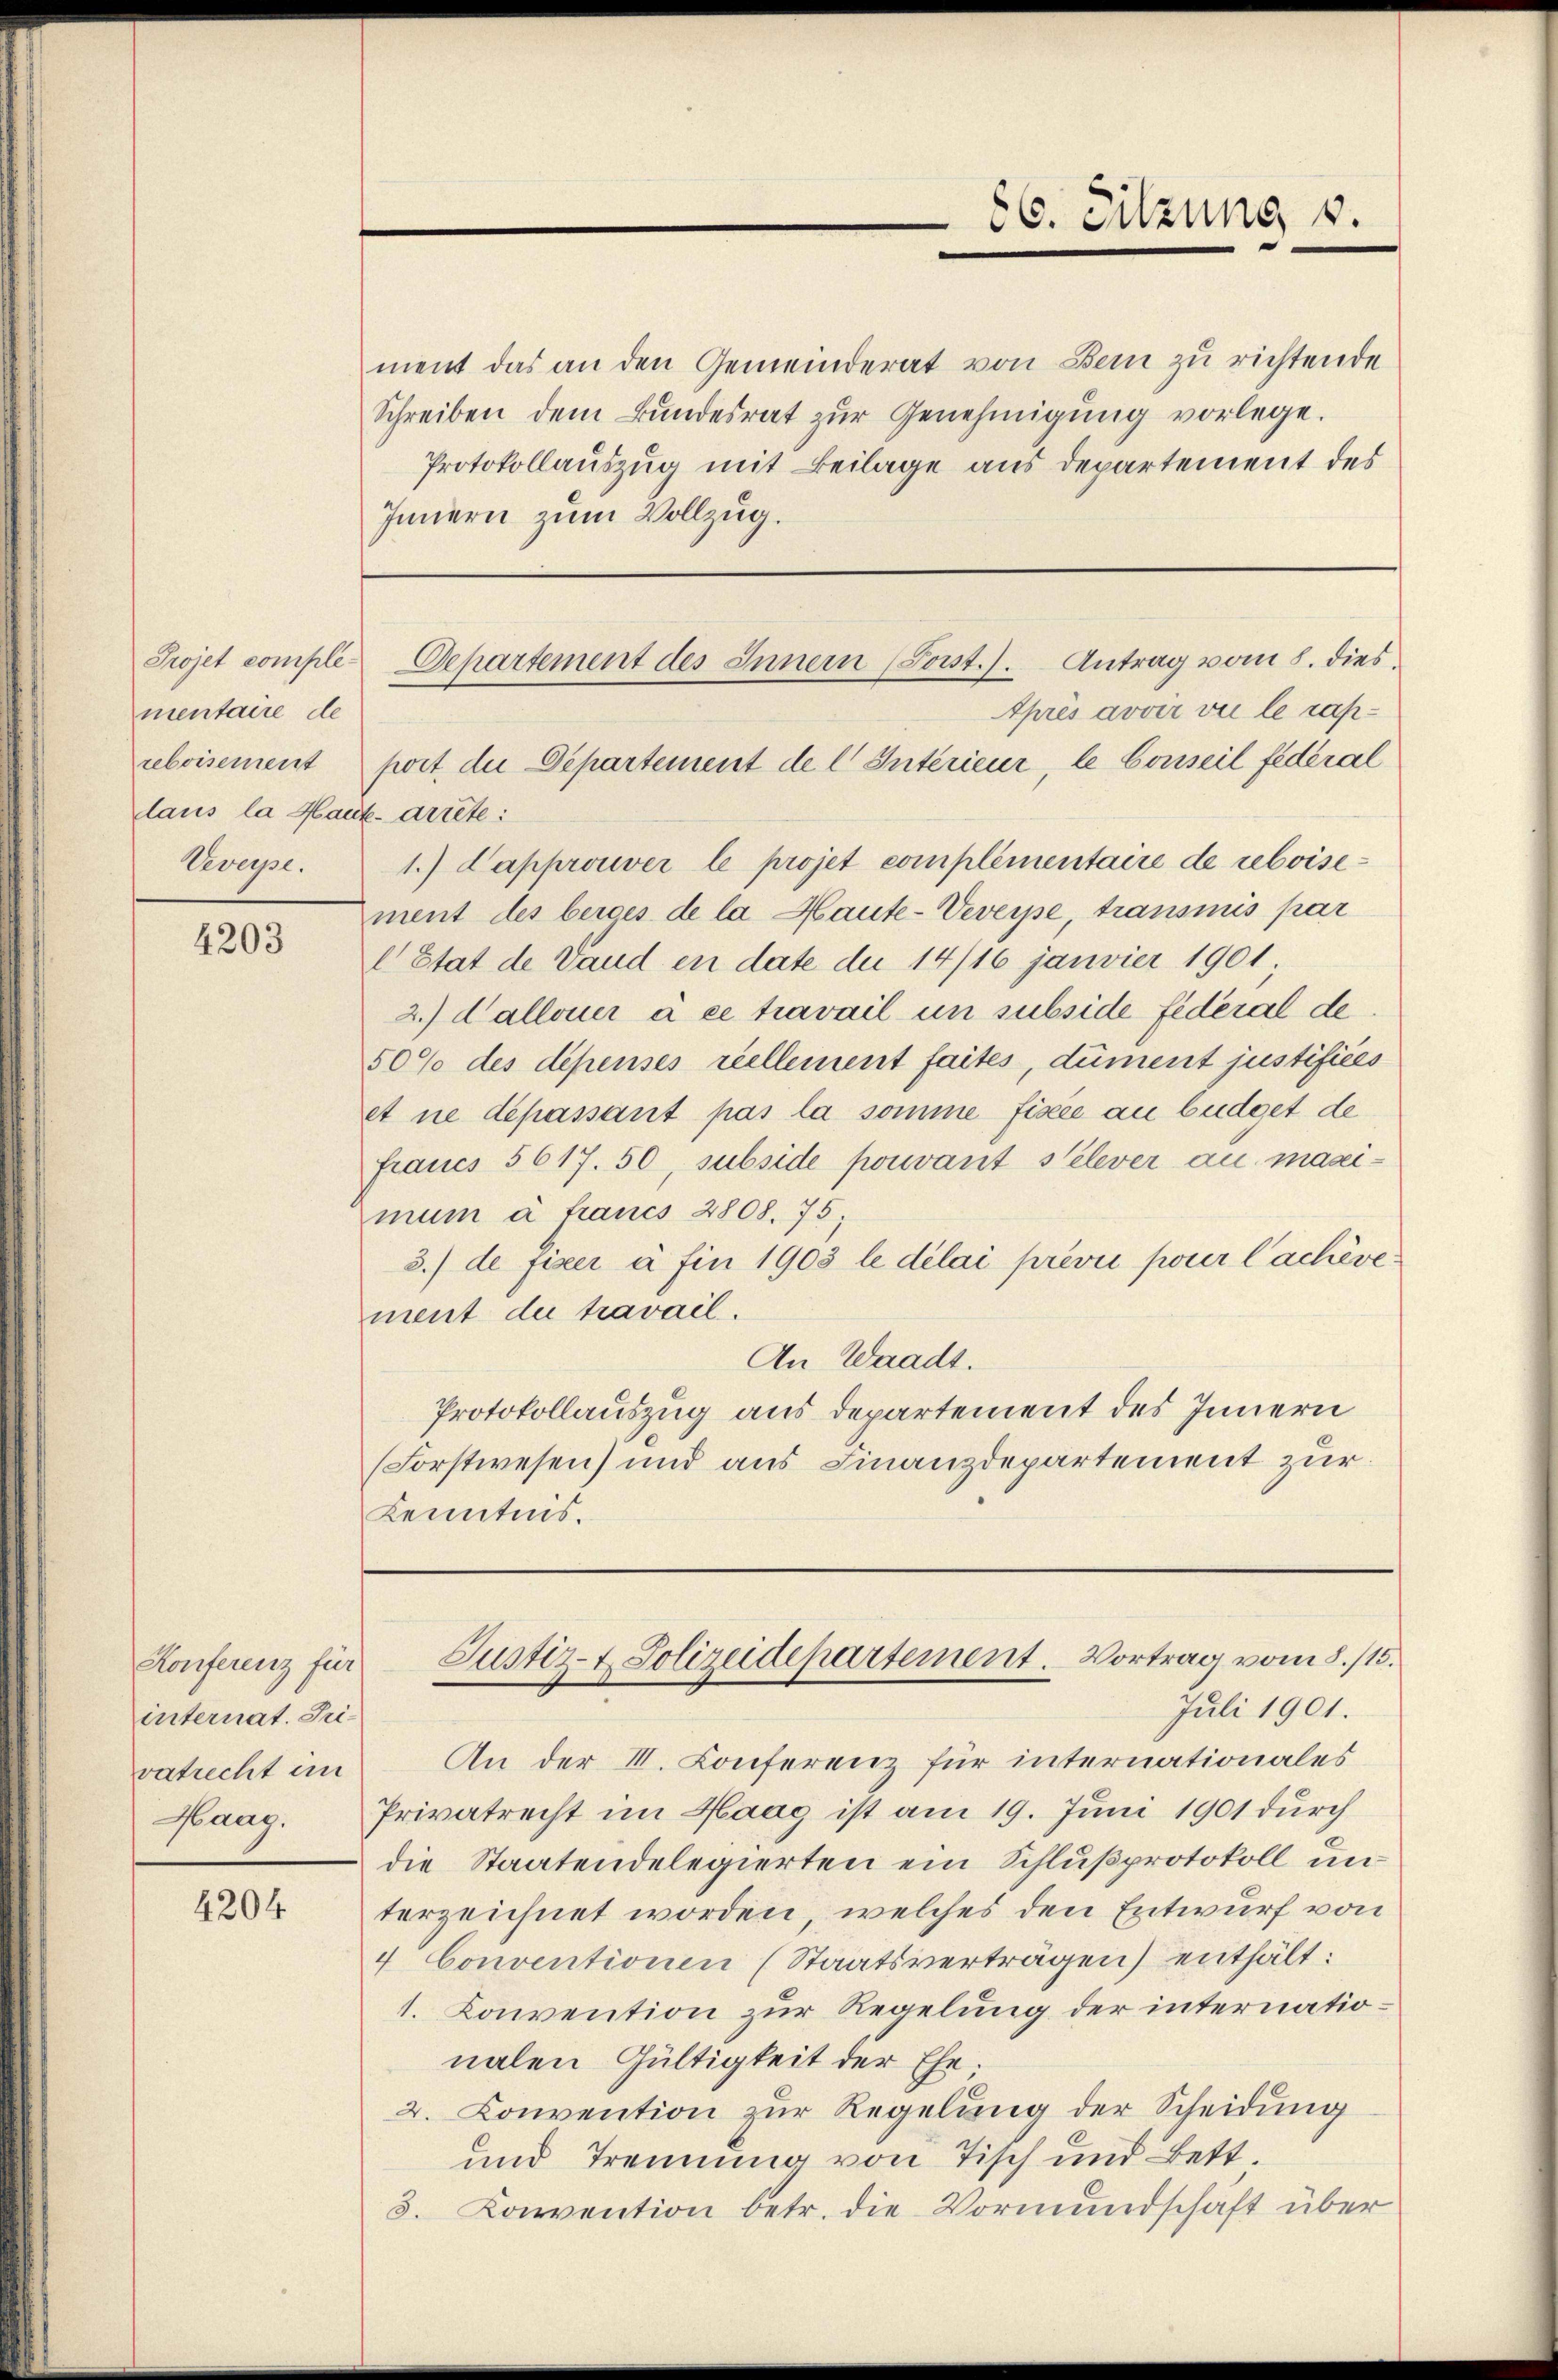
mentaire de
laus la Haut-Arrete:
Veverpe.

4203

Konferenz für
internat. Trivatrecht in

4204

Innern zum Vollzug.

ment das an den Gemeinderat von Bern zu richtende
Schreiben dem Bundesrat zur Genehmigung vorlege.
Protokollauszug mit Beilage aus departement des
1.) Dapprouver le projet complementaire de reboisement des beiges de la Haute-Veveype, transmis par
l Etat de Vaud en date du 14/16 janvier 1901
2.) dalloner à ce travail um subside fédéral de
50% des dépenses réellement faites, dument justifices
et ne dépassant pas la somme fisée au büdget de
fraues 5617. 50, subside pouvant s’élever au maximun à francs 2808. 75;
3.) de Fiscer à fin 1903 le délai prévii pour Cachéve:
ment die travail.
An Waadt.
Protokollauszug aus departement des Innern
(Forstwesen) und aus Finanzdepartement zur
Kenntnis.

86. Sitzung v.

Projet comple Departement des Innern (Post.). Antrag vom 8. dies
Après avoir vie le rapreboisement port die Departement de l. Intérieur, le Conseil fédéral

Justiz- & Polizeidepartement. Vortrag vom 8./15.

Juli 1901.
An der II. Conferenz für internationales
Haag. Privatrecht im Haag ist am 19. Juni 1901 durch
die Staatendelegierten ein Schlußprotokoll unterzeichnet worden, welches den Entwurf von
4 Conventionen (Staatsverträgen) enthält:
1. Convention zur Regelung der internationalen Gültigkeit der Ehe.
2. Convention zur Regelung der Scheidung
und Trennung von Tisch und Bett
3. Konvention betr. die Vormundschaft über